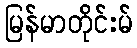
မြန်မာတိုင်းမ်